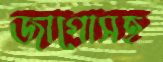
জাগোসহ